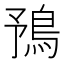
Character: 𩿗